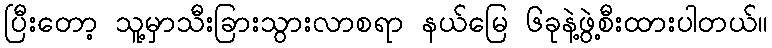
ပြီးတော့ သူ့မှာသီးခြားသွားလာစရာ နယ်မြေ ၆ခုနဲ့ဖွဲ့စီးထားပါတယ်။